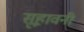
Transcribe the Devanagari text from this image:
सूहावनी